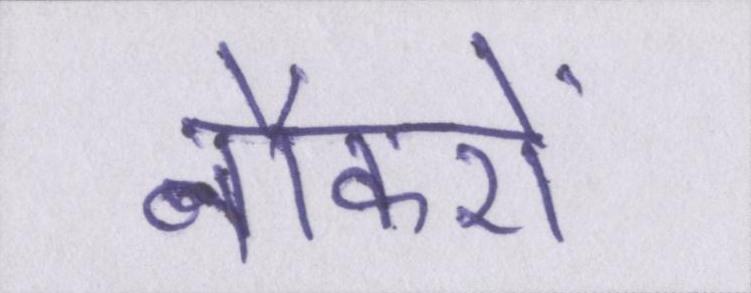
नौकरों